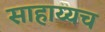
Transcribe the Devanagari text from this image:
साहाय्यच